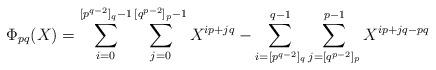
LaTeX: \begin{align*} \Phi_{pq}(X) = \sum_{i=0}^{[p^{q-2}]_q - 1} \sum_{j=0}^{[q^{p-2}]_p-1} X^{ip+jq} - \sum_{i=[p^{q-2}]_q}^{q-1}\sum_{j=[q^{p-2}]_p}^{p-1} X^{ip+jq-pq} \end{align*}